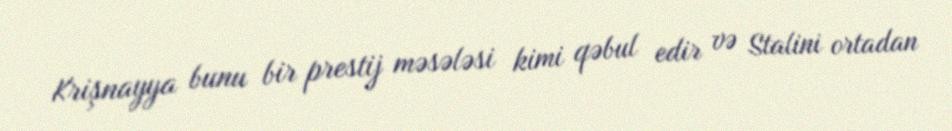
Krişnayya bunu bir prestij məsələsi kimi qəbul edir və Stalini ortadan